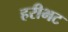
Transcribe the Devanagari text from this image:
हरीभट